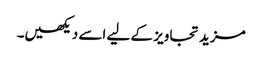
مزید تجاویز کے لیے اسے دیکھیں۔